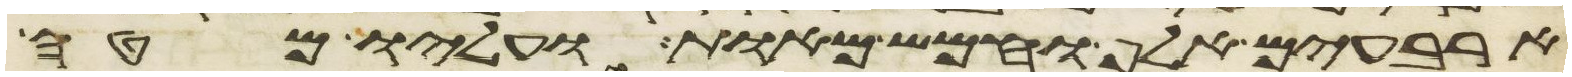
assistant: ארבעים אלף וחמש מאות ועליו מטה